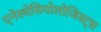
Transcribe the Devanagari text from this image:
एनेस्थेसियोलोजिस्ट्स